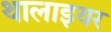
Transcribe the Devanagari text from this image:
थालाइयर